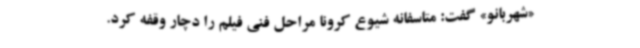
«شهربانو» گفت: متاسفانه شیوع کرونا مراحل فنی فیلم را دچار وقفه کرد.